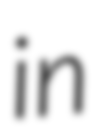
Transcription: in